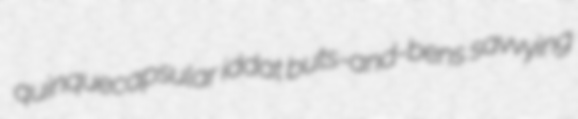
quinquecapsular iddat buts-and-bens savvying